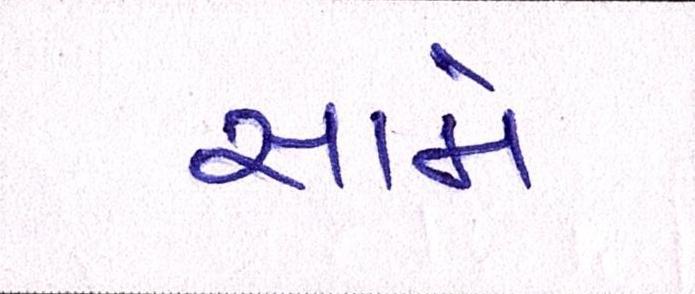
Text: સામે